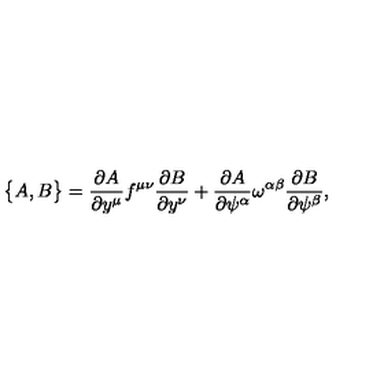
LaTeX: \bigl \{ A , B \bigr \} = { \frac { \partial A } { \partial y ^ { \mu } } } f ^ { \mu \nu } { \frac { \partial B } { \partial y ^ { \nu } } } + { \frac { \partial A } { \partial \psi ^ { \alpha } } } \omega ^ { \alpha \beta } { \frac { \partial B } { \partial \psi ^ { \beta } } } ,